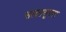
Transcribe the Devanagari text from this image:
सलफ़्यूरस